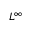
L ^ { \infty }